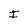
Character: I